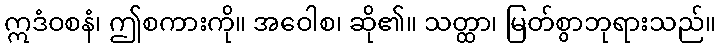
ဣဒံဝစနံ၊ ဤစကားကို။ အဝေါစ၊ ဆို၏။ သတ္ထာ၊ မြတ်စွာဘုရားသည်။